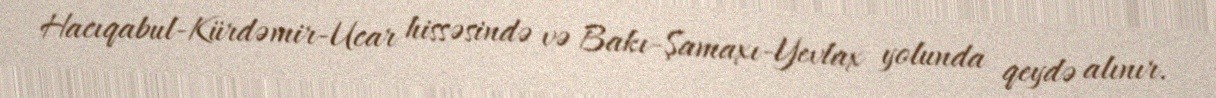
Hacıqabul-Kürdəmir-Ucar hissəsində və Bakı-Şamaxı-Yevlax yolunda qeydə alınır.